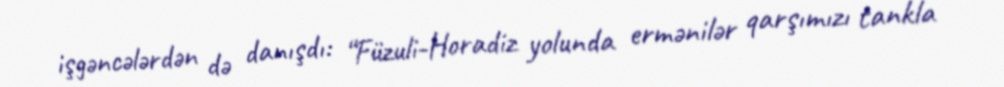
işgəncələrdən də danışdı: “Füzuli-Horadiz yolunda ermənilər qarşımızı tankla